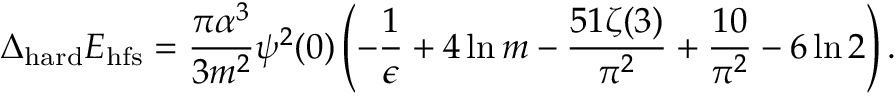
\Delta _ { \mathrm { h a r d } } E _ { \mathrm { h f s } } = \frac { \pi \alpha ^ { 3 } } { 3 m ^ { 2 } } \psi ^ { 2 } ( 0 ) \left( - \frac { 1 } { \epsilon } + 4 \ln m - \frac { 5 1 \zeta ( 3 ) } { \pi ^ { 2 } } + \frac { 1 0 } { \pi ^ { 2 } } - 6 \ln 2 \right) .